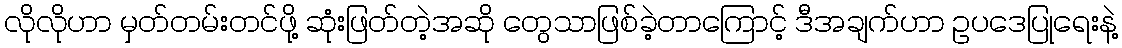
လိုလိုဟာ မှတ်တမ်းတင်ဖို့ ဆုံးဖြတ်တဲ့အဆို တွေသာဖြစ်ခဲ့တာကြောင့် ဒီအချက်ဟာ ဥပဒေပြုရေးနဲ့